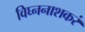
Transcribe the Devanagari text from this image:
विघ्ननाशकरं